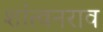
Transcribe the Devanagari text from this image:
शांत्वनराव